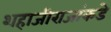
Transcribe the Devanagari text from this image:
शहाजीराजांकडे